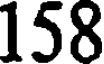
158